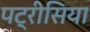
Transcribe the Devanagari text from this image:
पट्रीसिया